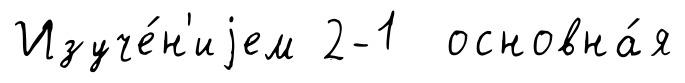
Изуче́н'иjем 2-1 основна́я